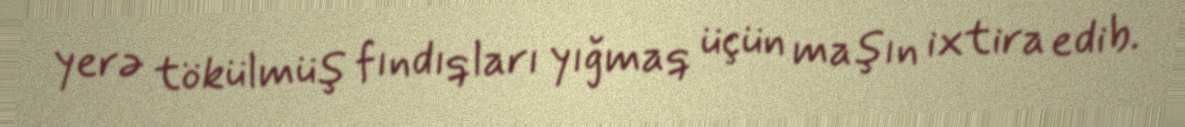
yerə tökülmüş fındıqları yığmaq üçün maşın ixtira edib.